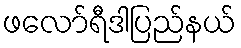
ဖလော်ရီဒါပြည်နယ်